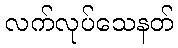
လက်လုပ်သေနတ်